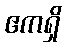
ဧကရှိ